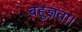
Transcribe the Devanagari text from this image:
बहुज्ञता।